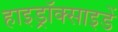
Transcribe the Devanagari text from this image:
हाइड्रॉक्साइडें